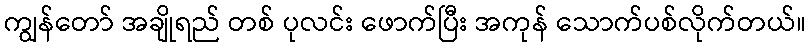
ကျွန်တော် အချိုရည် တစ် ပုလင်း ဖောက်ပြီး အကုန် သောက်ပစ်လိုက်တယ်။